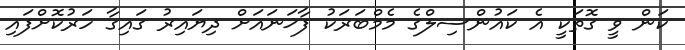
ކަން ވީ ގޮތަކީ އެ ކައުންސިލްގެ މެމްބަރަކު ފާޚަނައަށް ދިޔައިރު ގައިގާ ހަރުކޮށްފައި